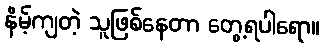
နိမ့်ကျတဲ့ သူဖြစ်နေတာ တွေ့ရပါရော။